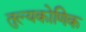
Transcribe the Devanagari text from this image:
तुल्यकोणिक